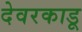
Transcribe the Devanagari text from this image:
देवरकाडू